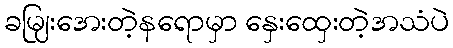
ခမျြးအေးတဲ့နရောမှာ နှေးထှေးတဲ့အသံပဲ